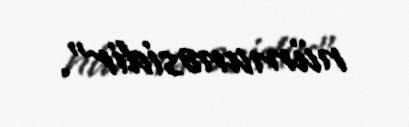
nümunəsidir”.